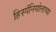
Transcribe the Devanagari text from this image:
हिस्पॅनियोलाच्या